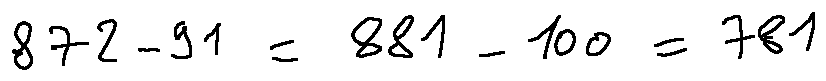
8 7 2 - 9 1 = 8 8 1 - 1 0 0 = 7 8 1